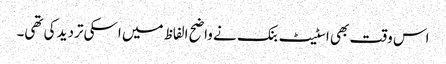
اس وقت بھی اسٹیٹ بنک نے واضح الفاظ میں اسکی تردید کی تھی۔